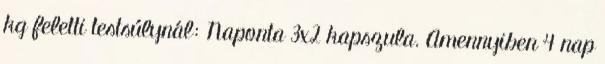
kg feletti testsúlynál: Naponta 3x2 kapszula. Amennyiben 4 nap